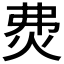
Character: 𤇝